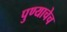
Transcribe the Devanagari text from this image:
पुण्याचेच